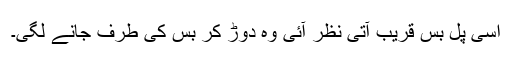
اسی پل بس قریب آتی نظر آئی وہ دوڑ کر بس کی طرف جانے لگی۔